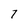
Character: 7